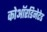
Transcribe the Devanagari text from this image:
कोऑरडिनेटेड